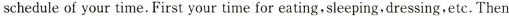
schedule of your time. First your time for eating,sleeping. dressing.etc. Then